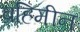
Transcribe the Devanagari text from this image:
ब्रहिमीन